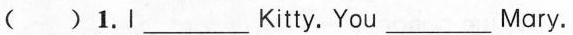
() 1. I ___ Kitty. You __ Mary.